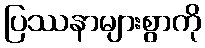
ပြဿနာများစွာကို